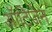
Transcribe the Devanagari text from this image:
ऑटिजेन